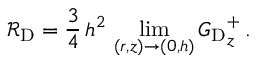
\mathcal { R } _ { \mathrm { D } } = \frac { 3 } { 4 } \, h ^ { 2 } \, \operatorname* { l i m } _ { ( r , z ) \to ( 0 , h ) } { G _ { \mathrm { D } } } _ { z } ^ { + } \, .